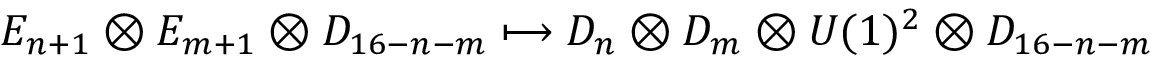
E _ { n + 1 } \otimes E _ { m + 1 } \otimes D _ { 1 6 - n - m } \longmapsto D _ { n } \otimes D _ { m } \otimes U ( 1 ) ^ { 2 } \otimes D _ { 1 6 - n - m }